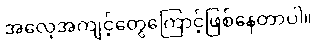
အလေ့အကျင့်တွေကြောင့်ဖြစ်နေတာပါ။